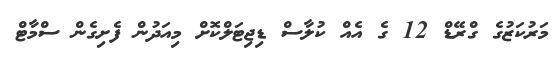
މަރުކަޒުގެ ގްރޭޑް 12 ގެ އެއް ކުލާސް ޑިޖިޓަލްކޮށް މިއަދުން ފެށިގެން ސްމާޓް